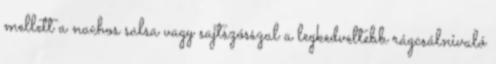
mellett a nachos salsa vagy sajtszósszal a legkedveltebb rágcsálnivaló